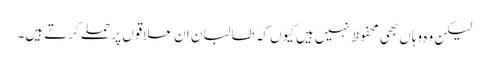
لیکن وہ وہاں بھی محفوظ نہیں ہیں کیوں کہ طالبان ان علاقوں پر حملے کرتے ہیں۔